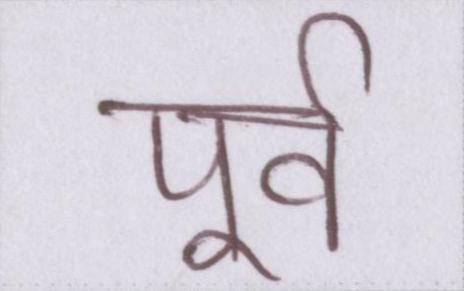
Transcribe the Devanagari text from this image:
पूर्व